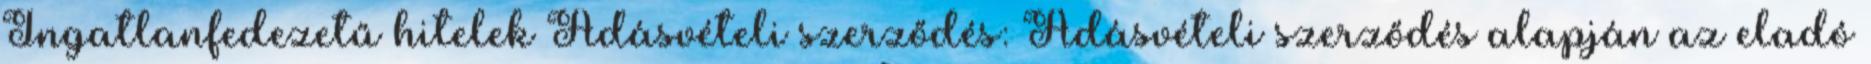
Ingatlanfedezetű hitelek Adásvételi szerződés: Adásvételi szerződés alapján az eladó